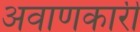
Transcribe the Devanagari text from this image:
अवाणकारी